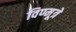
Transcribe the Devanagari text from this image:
विण्मूत्रे